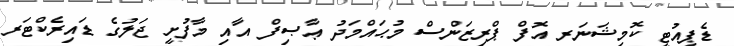
ޑެޕިއުޓީ ކޮމިޝަނަރ އޮފް ޕްރިޒަންސް މުޙައްމަދު ޢާޞިފް އާއި މާފުށީ ޖަލުގެ ޑައިރެކްޓަރ